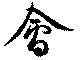
会